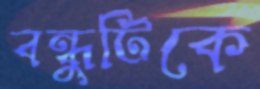
বন্ধুটিকে